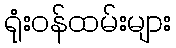
ရုံးဝန်ထမ်းများ